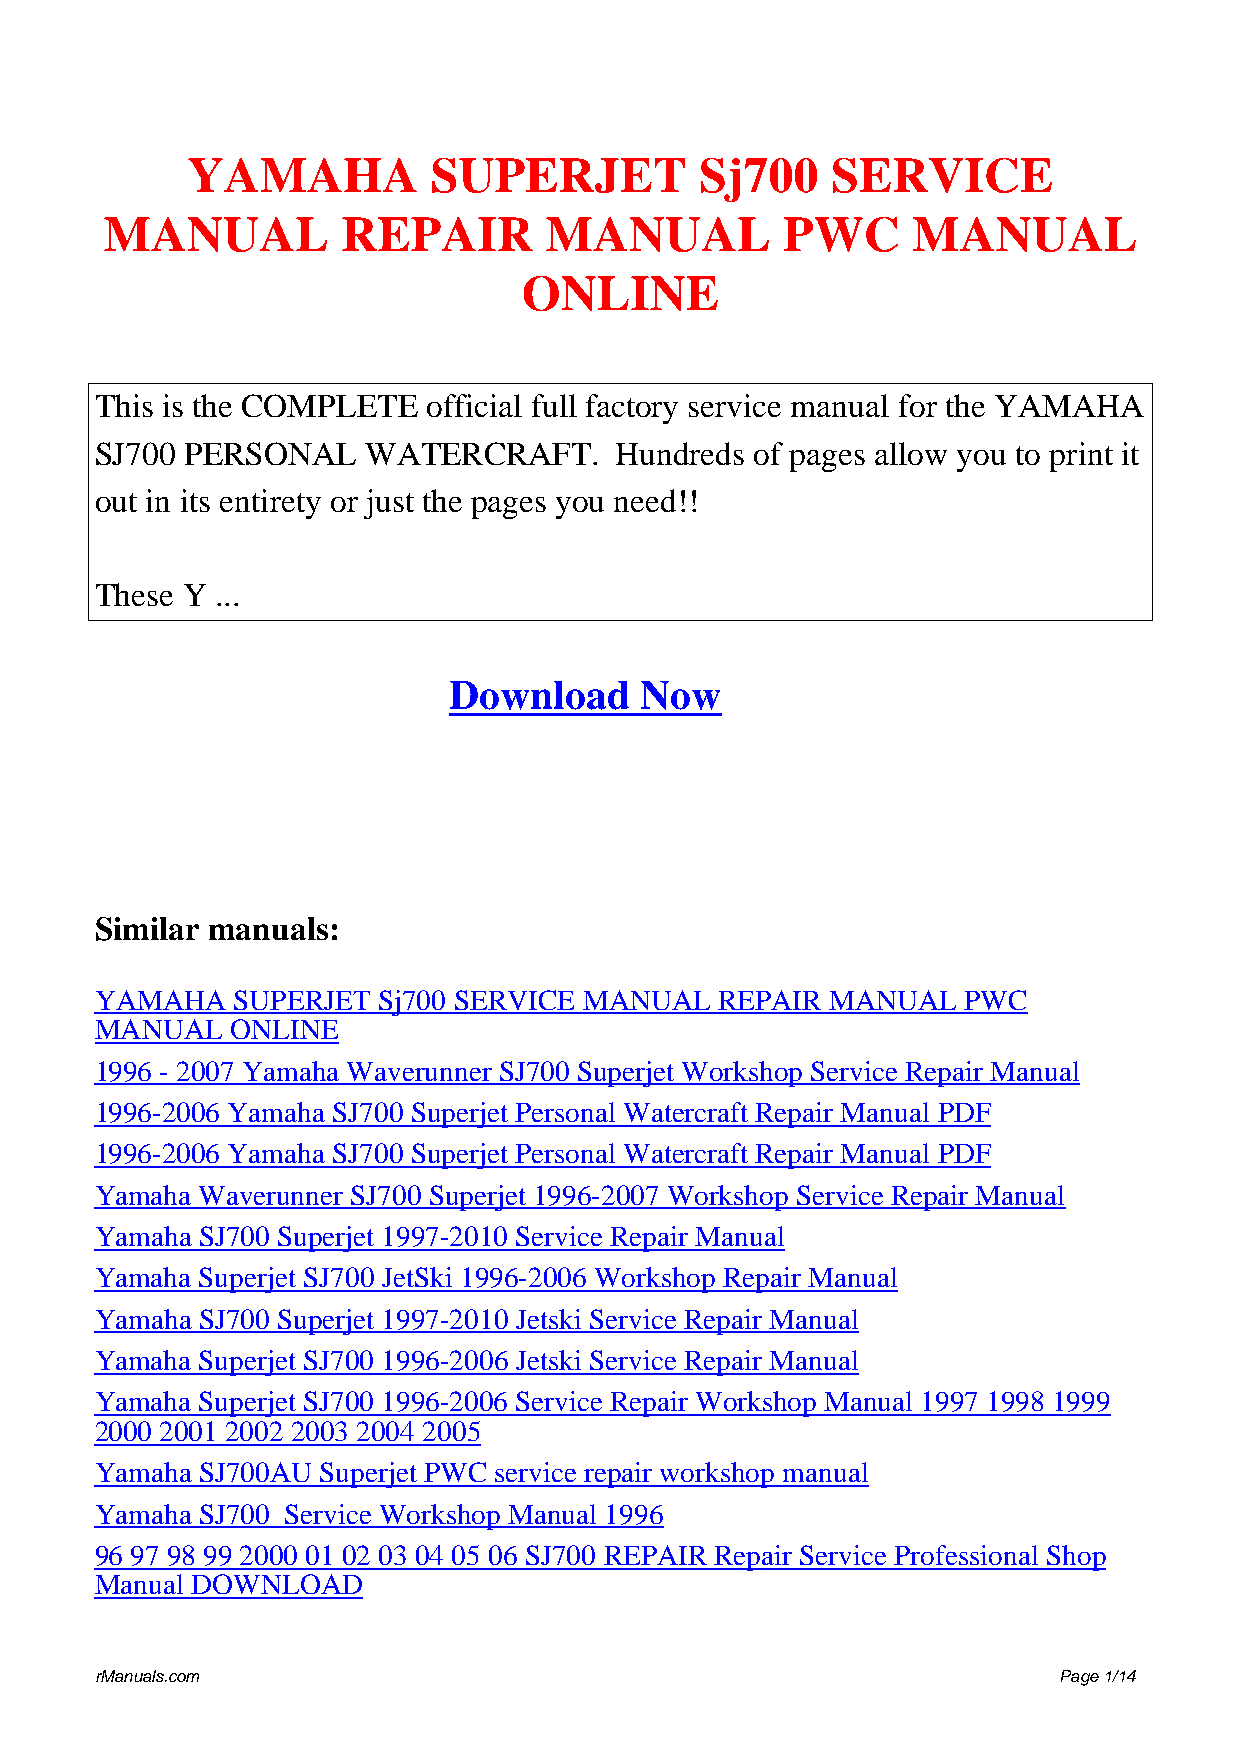
YAMAHA          SUPERJET          Sj700    SERVICE
 MANUAL          REPAIR       MANUAL          PWC     MANUAL
 ONLINE
 This is the COMPLETE  official full factory service manual for the YAMAHA
 SJ700 PERSONAL    WATERCRAFT.      Hundreds of pages allow you to print it
 out in its entirety or just the pages you need!!
 These Y ...
 Download    Now
 Similar manuals:
 YAMAHA   SUPERJET  Sj700 SERVICE MANUAL   REPAIR MANUAL   PWC
 MANUAL   ONLINE
 1996 - 2007 Yamaha Waverunner SJ700 Superjet Workshop Service Repair Manual
 1996-2006 Yamaha SJ700 Superjet Personal Watercraft Repair Manual PDF
 1996-2006 Yamaha SJ700 Superjet Personal Watercraft Repair Manual PDF
 Yamaha Waverunner SJ700 Superjet 1996-2007 Workshop Service Repair Manual
 Yamaha SJ700 Superjet 1997-2010 Service Repair Manual
 Yamaha Superjet SJ700 JetSki 1996-2006 Workshop Repair Manual
 Yamaha SJ700 Superjet 1997-2010 Jetski Service Repair Manual
 Yamaha Superjet SJ700 1996-2006 Jetski Service Repair Manual
 Yamaha Superjet SJ700 1996-2006 Service Repair Workshop Manual 1997 1998 1999
 2000 2001 2002 2003 2004 2005
 Yamaha SJ700AU Superjet PWC service repair workshop manual
 Yamaha SJ700 Service Workshop Manual 1996
 96 97 98 99 2000 01 02 03 04 05 06 SJ700 REPAIR Repair Service Professional Shop
 Manual DOWNLOAD
 rManuals.com                                                    Page 1/14